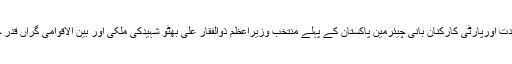
بعدازاں پاکستان پیپلز پارٹی کی اعلیٰ قیادت اورپارٹی کارکنان بانی چیئرمین پاکستان کے پہلے منتخب وزیراعظم ذوالفقار علی بھٹو شہیدکی ملکی اور بین الاقوامی گراں قدر خدمات کو خراج عقیدت پیش کریں گے۔